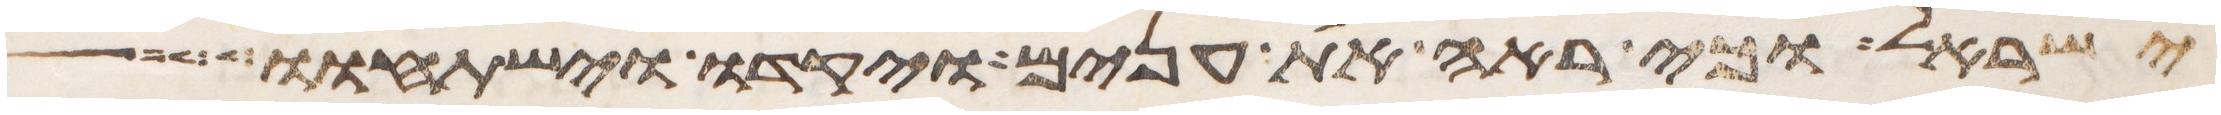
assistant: ישראל וכי ראה את ענים ויקדו וישתחוו